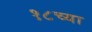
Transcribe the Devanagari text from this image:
१८च्या